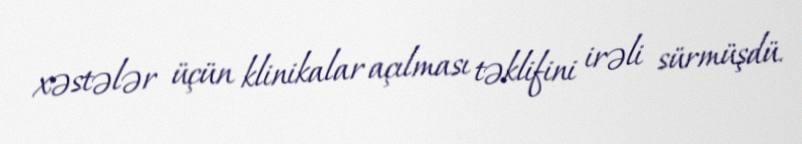
xəstələr üçün klinikalar açılması təklifini irəli sürmüşdü.